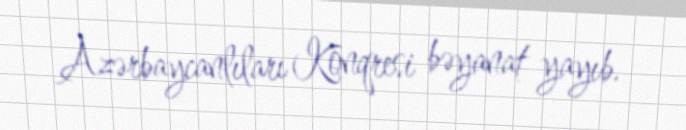
Azərbaycanlıları Konqresi bəyanat yayıb.